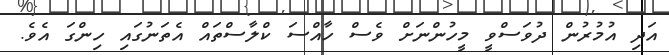
އަދި އުމުރުން ދުވަސްވީ މީހުންނަށް ވެސް ހާއްސަ ކްލާސްތައް އެތަނުގައި ހިންގަ އެވެ.